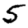
Digit: 5